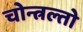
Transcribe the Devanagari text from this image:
चोन्त्रल्तो